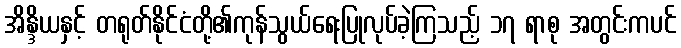
အိန္ဒိယနှင့် တရုတ်နိုင်ငံတို့၏ကုန်သွယ်ရေးပြုလုပ်ခဲ့ကြသည့် ၁၇ ရာစု အတွင်းကပင်